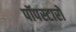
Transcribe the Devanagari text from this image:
पॉपस्टारों